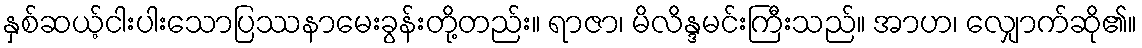
နှစ်ဆယ့်ငါးပါးသောပြဿနာမေးခွန်းတို့တည်း။ ရာဇာ၊ မိလိန္ဒမင်းကြီးသည်။ အာဟ၊ လျှောက်ဆို၏။